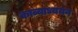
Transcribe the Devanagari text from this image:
काव्याध्ययन